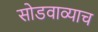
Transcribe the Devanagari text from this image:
सोडवाव्याच